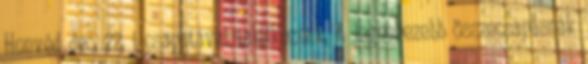
Honvéd dec. 22, i csapatával találkoznak. A legnehezebb összecsapásnak